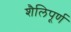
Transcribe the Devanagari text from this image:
शैलिपूर्ण